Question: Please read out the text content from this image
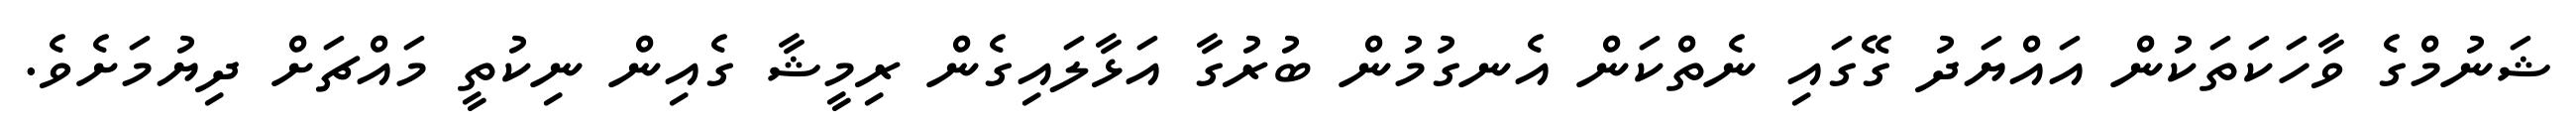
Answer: ޝަނުމްގެ ވާހަކަތަކުން އައްޔަދު ގޭގައި ނެތްކަން އެނގުމުން ބުރުގާ އަޅާލައިގެން ރިމީޝާ ގެއިން ނިކުތީ މައްޗަށް ދިޔުމަށެވެ.